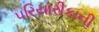
પરિયારીકાની